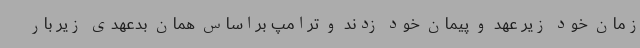
زمان خود زیر عهد و پیمان خود زدند و ترامپ براساس همان بدعهدی زیر بار